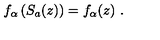
f _ { \alpha } \left( S _ { a } ( z ) \right) = f _ { \alpha } ( z ) \ .